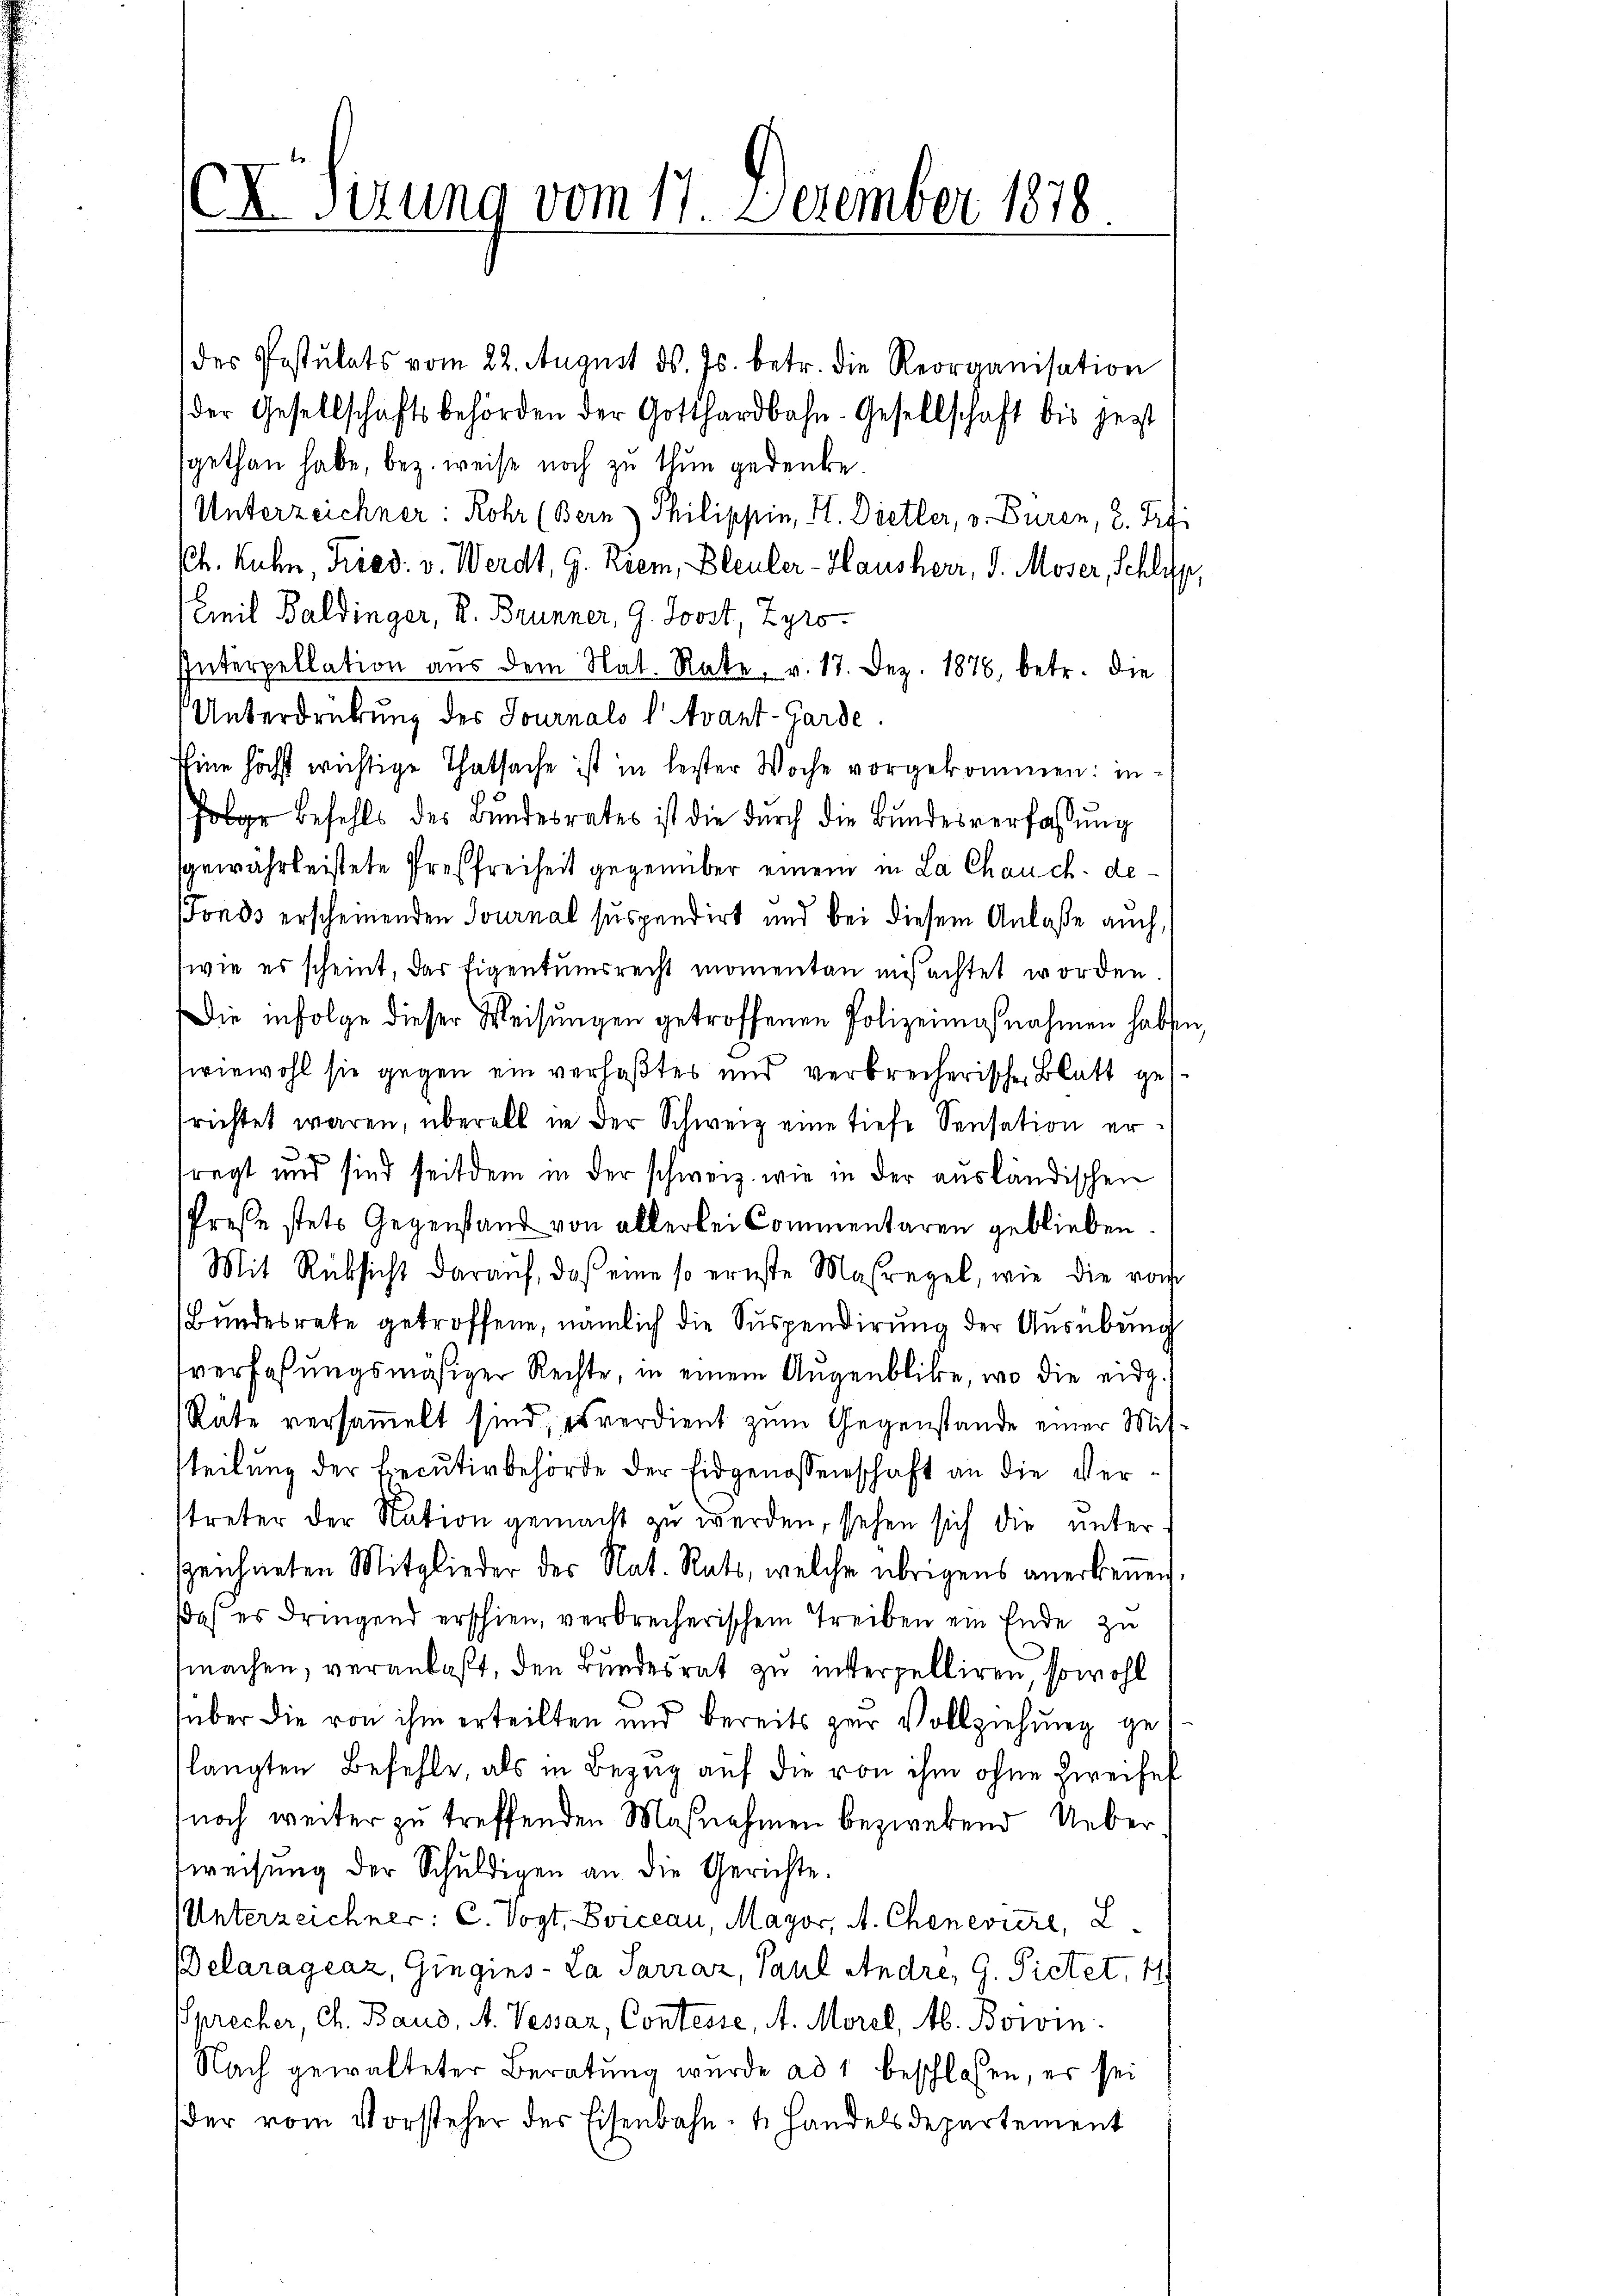
sizung vom 17. Dezember 1878

des Postulats vom 22. August ds. Js. betr. die Reorganisation
der Gesellschaftsbehörden der Gotthardbahn-Gesellschaft bis jetzt
sgethan habe, bez. weise noch zu thun gedenke
Unterzeichner: Rohr (Bern) Philippin, H. Dietler, v. Buren, 2. Tri
Ph. Kuhn, Fried. v. Werdt, G. Riem, Bleuler-Hausherr, d. Moser, Schluss
Emil Baldinger, R. Brunner, G. Joost, Zyro-
Interpellation aus dem Nat. Rate, v. 17. Dez. 1876, betr. die
Unterdrückung des Journals v. Avant-Garde.
Eine höchst wichtige Thatsache ist in bester Woche vorgekommen: in
s
folge befehls des Bŭndesrates ist die dŭrch die Bŭndesverfassŭng
sgewährleistete Presfreiheit gegenüber einem in La Chauch de¬
Fonds erscheinenden Journal suspendirt und bei diesem Anlaße auch,
(wie es scheint, das Eigentumsrecht momenten einfachtet worden.
Die infolge dieser Weisungen getroffenen Polizeiasnahmen haben,
wiewohl sie gegen ein verfaßtes und verbrecherische Blatt gesrichtet waren, überall in der Schweiz eine tiefe Sensation er¬

regt und sind seitdem in der schweiz. wie in der ausländischen
Presse stets Gegenstand von allerlei Commentaren geblieben
Mit Rüksicht darauf, daß eine so ernste Maßregel, wie die vom
Bundesrate getroffene, nämlich die Suspendirung der Ausübung
verfaßungsmäsiger Rechte, in einem Augenblicke, wo die eidg.
Rate versammelt sind, es verdient zum Gegenstände einer Mitsteilung der Liecutivbehörde der Eidgenossenschaft an die Verstreter der Nation gemacht zu werden, stehen sich die unter
szeichneten Mitglieder des Nat. Rats, welche übrigens anerkennen,
Daß es dringend erschien, verbrecherischem Treiben ein Ende zu
machen, veranlaßt, den Bundesrat zu interpelliren, sowohl
über die von ihm erteilten und bereits zur Vollziehung gelängten Befehle, als in Bezug auf die von ihm ohne Zweifel
noch weiter zu treffenden Maßnahmen bezwebend Ueber
weisŭng der Schŭldigen an die Gerichte.
Unterzeichner: C. Vogt, Borcean, Mayor, A. Cheneviere, 2.
Belaragraz, Gingins-La Sarraz, Paul Andre, G. Pietet, 11
Sprecher, Ch. Baud, A. Vessar, Contesse, A. Morel, Ab. Bowin¬
Nach gewalteter Beratung wurde ad 1 beschlossen, es sei
der vom Vorsteher der Eisenbahn- u. Handelsdepartement